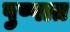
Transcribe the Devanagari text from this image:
पुष्पात